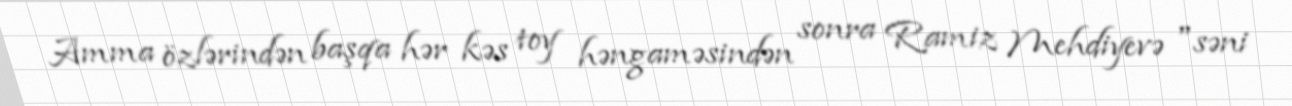
Amma özlərindən başqa hər kəs toy həngaməsindən sonra Ramiz Mehdiyevə "səni